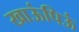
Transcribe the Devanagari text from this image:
खाऊंपिऊं